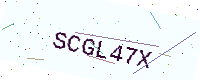
Text: SCGL47X